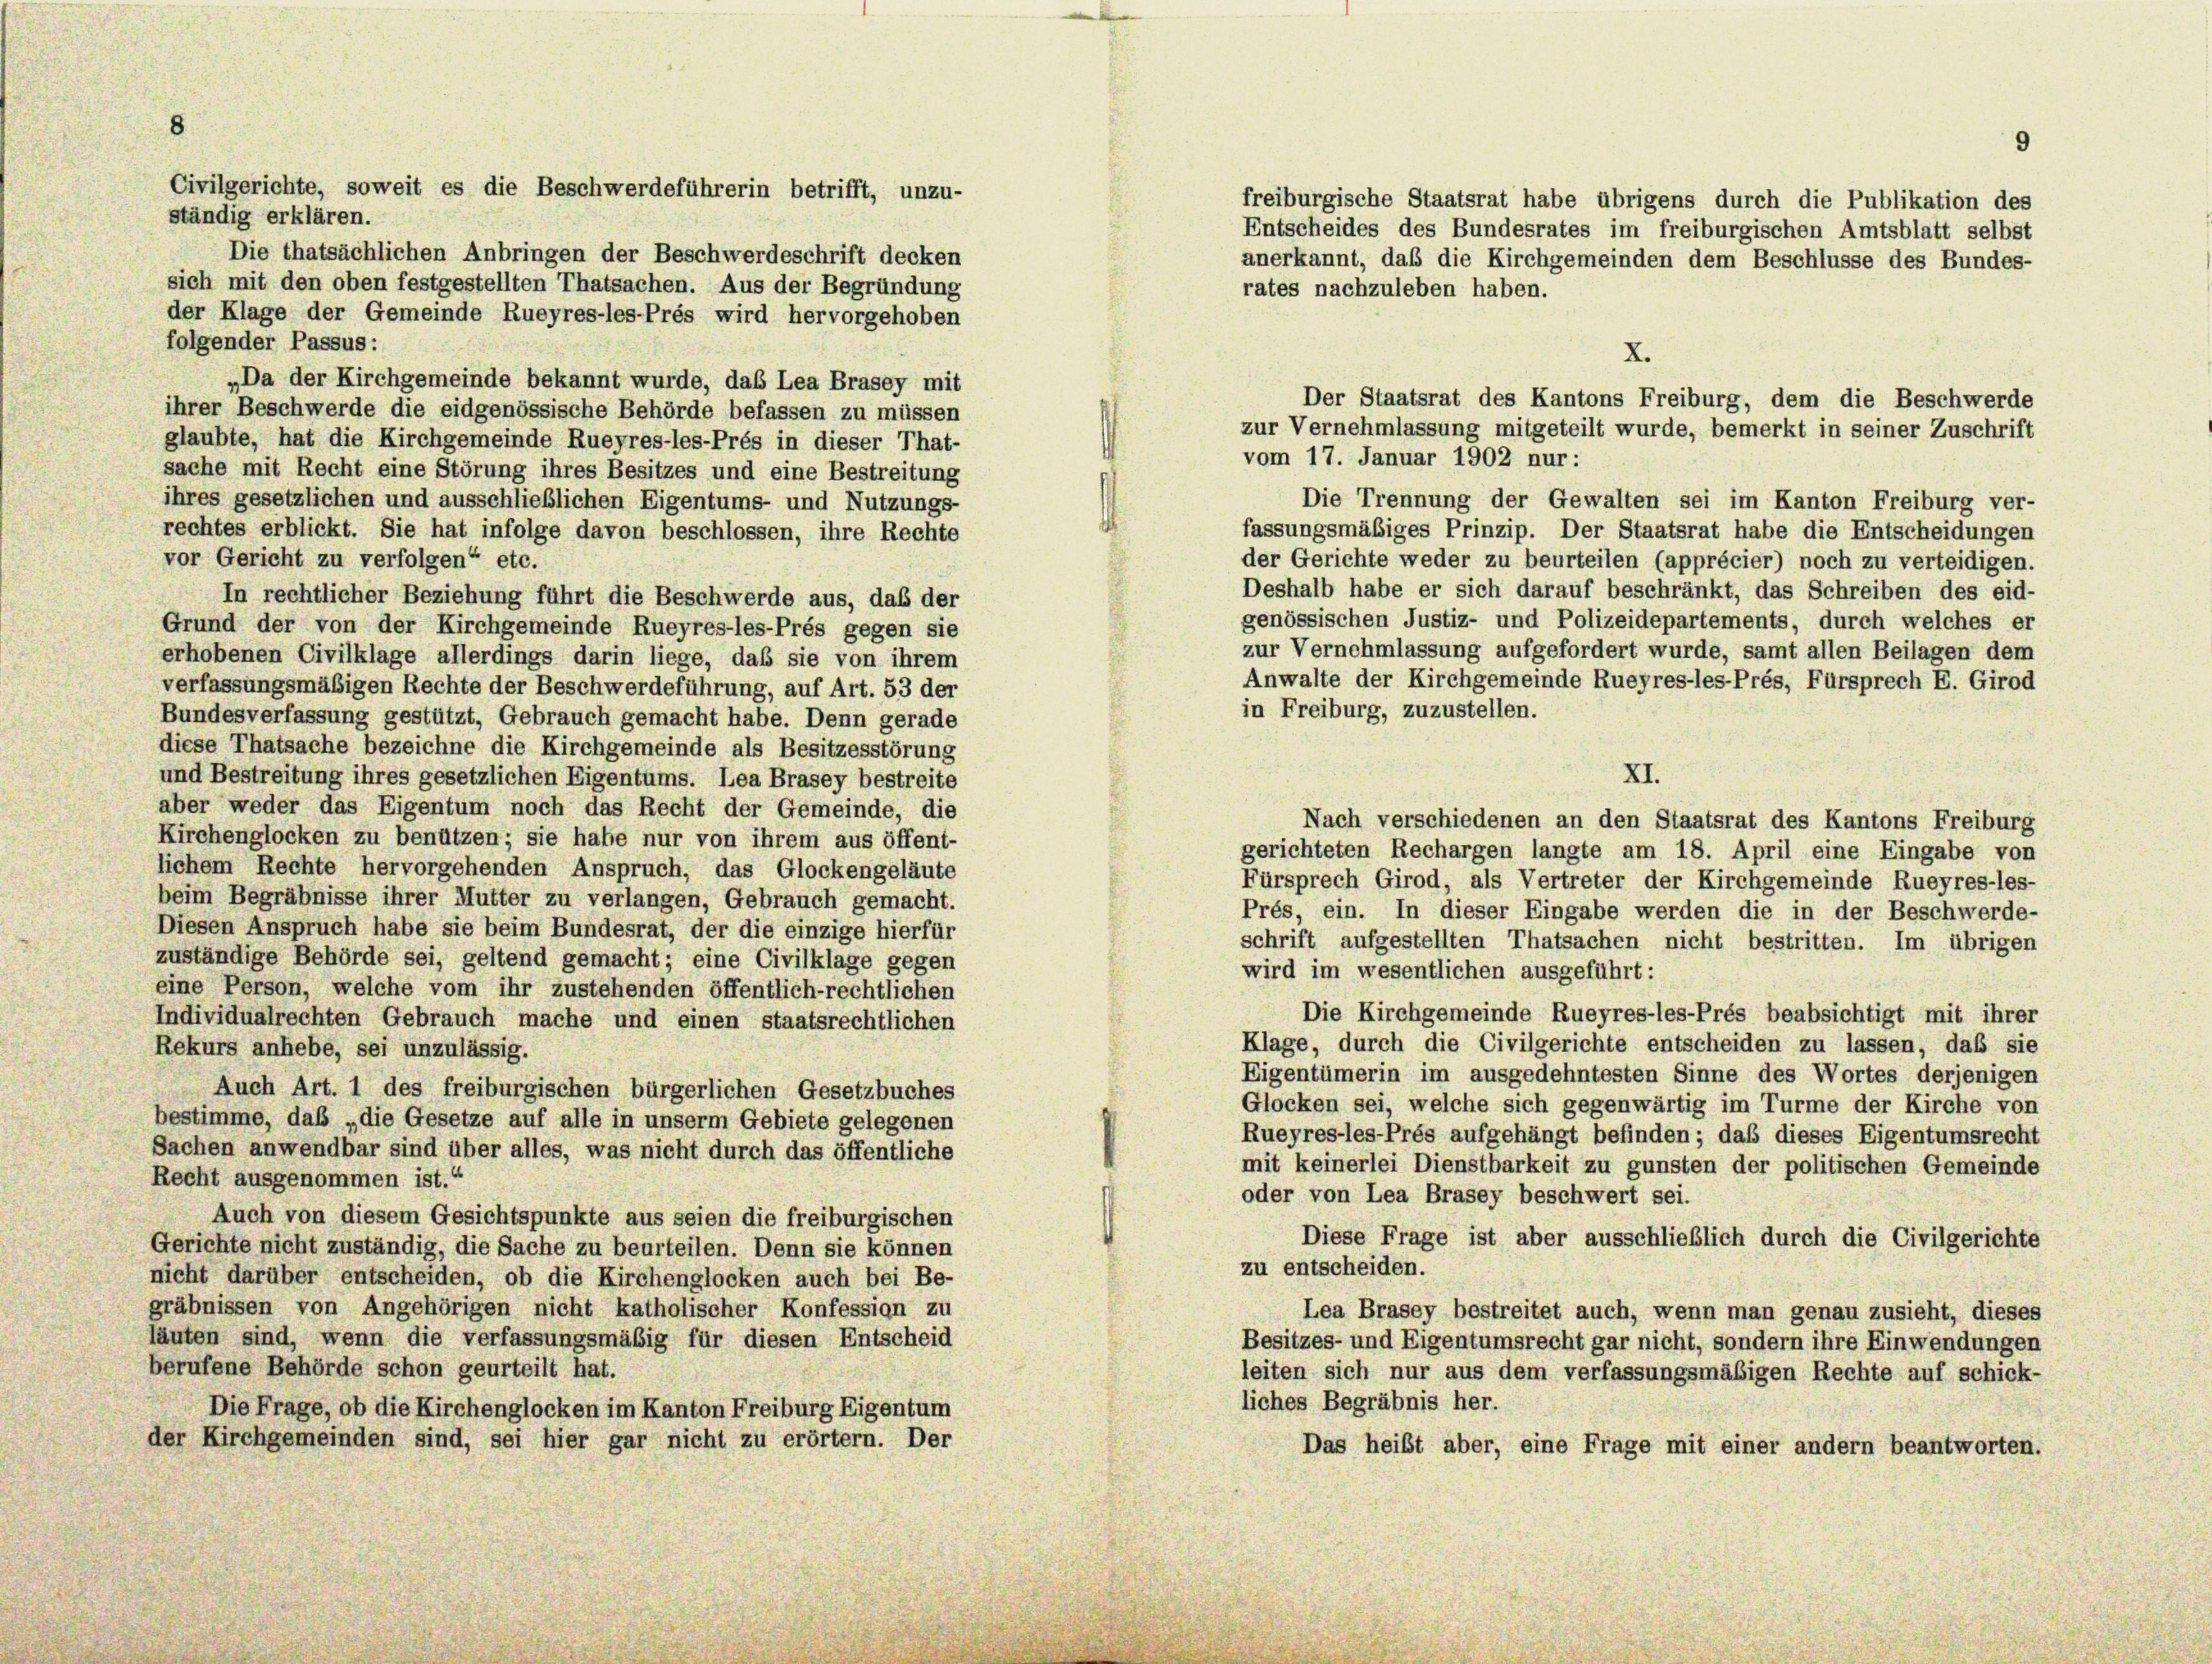
8

Civilgerichte, soweit es die Beschwerdeführerin betrifft, unzu-
ständig erklären.

Die thatsächlichen Anbringen der Beschwerdeschrift decken
sich mit den oben festgestellten Thatsachen. Aus der Begründung
rates nachzuleben haben.
der Klage der Gemeinde Rueyres-les-Prés wird hervorgehoben
folgender Passus:
X.
„Da der Kirchgemeinde bekannt wurde, das Lea Brasey mit
Der Staatsrat des Kantons Freiburg, dem die Beschwerde
ihrer Beschwerde die eidgenössische Behörde befassen zu müssen
glaubte, hat die Kirchgemeinde Rueyres-les-Prés in dieser That-
sache mit Recht eine Störung ihres Besitzes und eine Bestreitung
Die Trennung der Gewalten sei im Kanton Freiburg ver-
ihres gesetzlichen und ausschließlichen Eigentums- und Nutzungs-
rechtes erblickt. Sie hat infolge davon beschlossen, ihre Rechte
fassungsmäßiges Prinzip. Der Staatsrat habe die Entscheidungen
vor Gericht zu verfolgen“ etc.
der Gerichte weder zu beurteilen (apprécier) noch zu verteidigen.
Deshalb habe er sich darauf beschränkt, das Schreiben des eid-
In rechtlicher Beziehung führt die Beschwerde aus, das der
genössischen Justiz- und Polizeidepartements, durch welches er
Grund der von der Kirchgemeinde Rueyres-les-Prés gegen sie
zur Vernehmlassung aufgefordert wurde, samt allen Beilagen dem
erhobenen Civilklage allerdings darin liege, daß sie von ihrem
Anwalte der Kirchgemeinde Rueyres-les-Prés, Fürsprech E. Girod
verfassungsmäßigen Rechte der Beschwerdeführung, auf Art. 53 der
in Freiburg, zuzustellen.
Bundesverfassung gestützt, Gebrauch gemacht habe. Denn gerade
diese Thatsache bezeichne die Kirchgemeinde als Besitzesstörung
XI.
und Bestreitung ihres gesetzlichen Eigentums. Lea Brasey bestreite
aber weder das Eigentum noch das Recht der Gemeinde, die
Nach verschiedenen an den Staatsrat des Kantons Freiburg
Kirchenglocken zu benützen; sie habe nur von ihrem aus öffent-
gerichteten Rechargen langte am 18. April eine Eingabe von
lichem Rechte hervorgehenden Anspruch, das Glockengeläute
Fürsprech Girod, als Vertreter der Kirchgemeinde Rueyres-les-
beim Begräbnisse ihrer Mutter zu verlangen, Gebrauch gemacht.
Prés, ein. In dieser Eingabe werden die in der Beschwerde-
Diesen Anspruch habe sie beim Bundesrat, der die einzige hierfür
schrift aufgestellten Thatsachen nicht bestritten. Im übrigen
zuständige Behörde sei, geltend gemacht; eine Civilklage gegen
wird im wesentlichen ausgeführt:
eine Person, welche vom ihr zustehenden öffentlich-rechtlichen
Die Kirchgemeinde Rueyres-les-Prés beabsichtigt mit ihrer
Individualrechten Gebrauch mache und einen staatsrechtlichen
Klage, durch die Civilgerichte entscheiden zu lassen, daß sie
Rekurs anhebe, sei unzulässig.
Eigentümerin im ausgedehntesten Sinne des Wortes derjenigen
Auch Art. 1 des freiburgischen bürgerlichen Gesetzbuches
Glocken sei, welche sich gegenwärtig im Turme der Kirche von
bestimme, das „die Gesetze auf alle in unserm Gebiete gelegenen
Rueyres-les-Prés aufgehängt befinden; daß dieses Eigentumsrecht
Sachen anwendbar sind über alles, was nicht durch das öffentliche
mit keinerlei Dienstbarkeit zu gunsten der politischen Gemeinde
Recht ausgenommen ist.“
oder von Lea Brasey beschwert sei.
Auch von diesem Gesichtspunkte aus seien die freiburgischen
Diese Frage ist aber ausschließlich durch die Civilgerichte
Gerichte nicht zuständig, die Sache zu beurteilen. Denn sie können
zu entscheiden.
nicht darüber entscheiden, ob die Kirchenglocken auch bei Be-
gräbnissen von Angehörigen nicht katholischer Konfession zu
Lea Brasey bestreitet auch, wenn man genau zusieht, dieses
läuten sind, wenn die verfassungsmäßig für diesen Entscheid
Besitzes- und Eigentumsrecht gar nicht, sondern ihre Einwendungen
berufene Behörde schon geurteilt hat.
leiten sich nur aus dem verfassungsmäßigen Rechte auf schick-
liches Begräbnis her.
Die Frage, ob die Kirchenglocken im Kanton Freiburg Eigentum
der Kirchgemeinden sind, sei hier gar nicht zu erörtern. Der
Das heibt aber, eine Frage mit einer andern beantworten.

freiburgische Staatsrat habe übrigens durch die Publikation des
Entscheides des Bundesrates im freiburgischen Amtsblatt selbst

zur Vernehmlassung mitgeteilt wurde, bemerkt in seiner Zuschrift
vom 17. Januar 1902 nur:

anerkannt, daß die Kirchgemeinden dem Beschlüsse des Bundes-

9